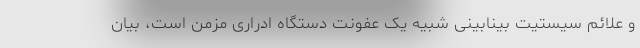
و علائم سیستیت بینابینی شبیه یک عفونت دستگاه ادراری مزمن است، بیان